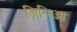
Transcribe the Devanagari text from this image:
ज़िन्निआ